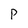
Character: p